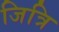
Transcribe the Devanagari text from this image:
जित्रि